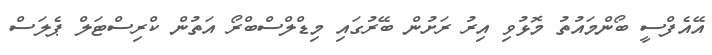
އޭއެފްސީ ބޯންމައުތު މޮޅުވި އިރު ރަށުން ބޭރުގައި މިޑްލްސްބްރޯ އަތުން ކްރިސްޓަލް ޕެލަސް